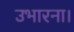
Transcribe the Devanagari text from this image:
उभारना।